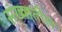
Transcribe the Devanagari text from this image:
संख्यातील